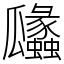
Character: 㼖